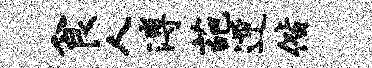
食人溥葩逆偕